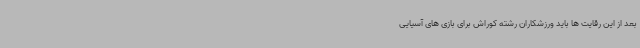
بعد از این رقایت ها باید ورزشکاران رشته کوراش برای بازی های آسیایی